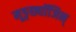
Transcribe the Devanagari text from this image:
मूङ्छ्यॉजिन्